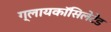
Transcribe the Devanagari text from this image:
ग्लायकॉसिलेटेड